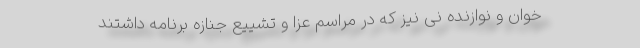
خوان و نوازنده نی نیز که در مراسم عزا و تشییع جنازه برنامه داشتند